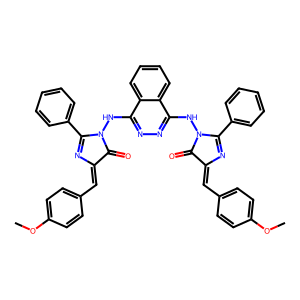
SMILES: COc1ccc(C=C2N=C(c3ccccc3)N(Nc3nnc(NN4C(=O)C(=Cc5ccc(OC)cc5)N=C4c4ccccc4)c4ccccc34)C2=O)cc1
Inhibits HIV replication: No